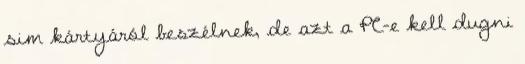
sim kártyáról beszélnek, de azt a PC-e kell dugni